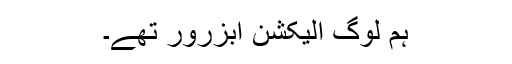
ہم لوگ الیکشن آبزرور تھے۔